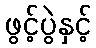
ဖွင့်ပွဲနှင့်